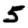
Digit: 5